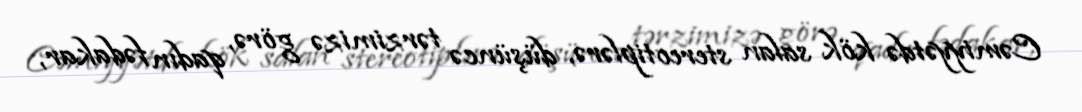
Cəmiyyətdə kök salan stereotiplərə, düşüncə tərzimizə görə, qadın fədakar,